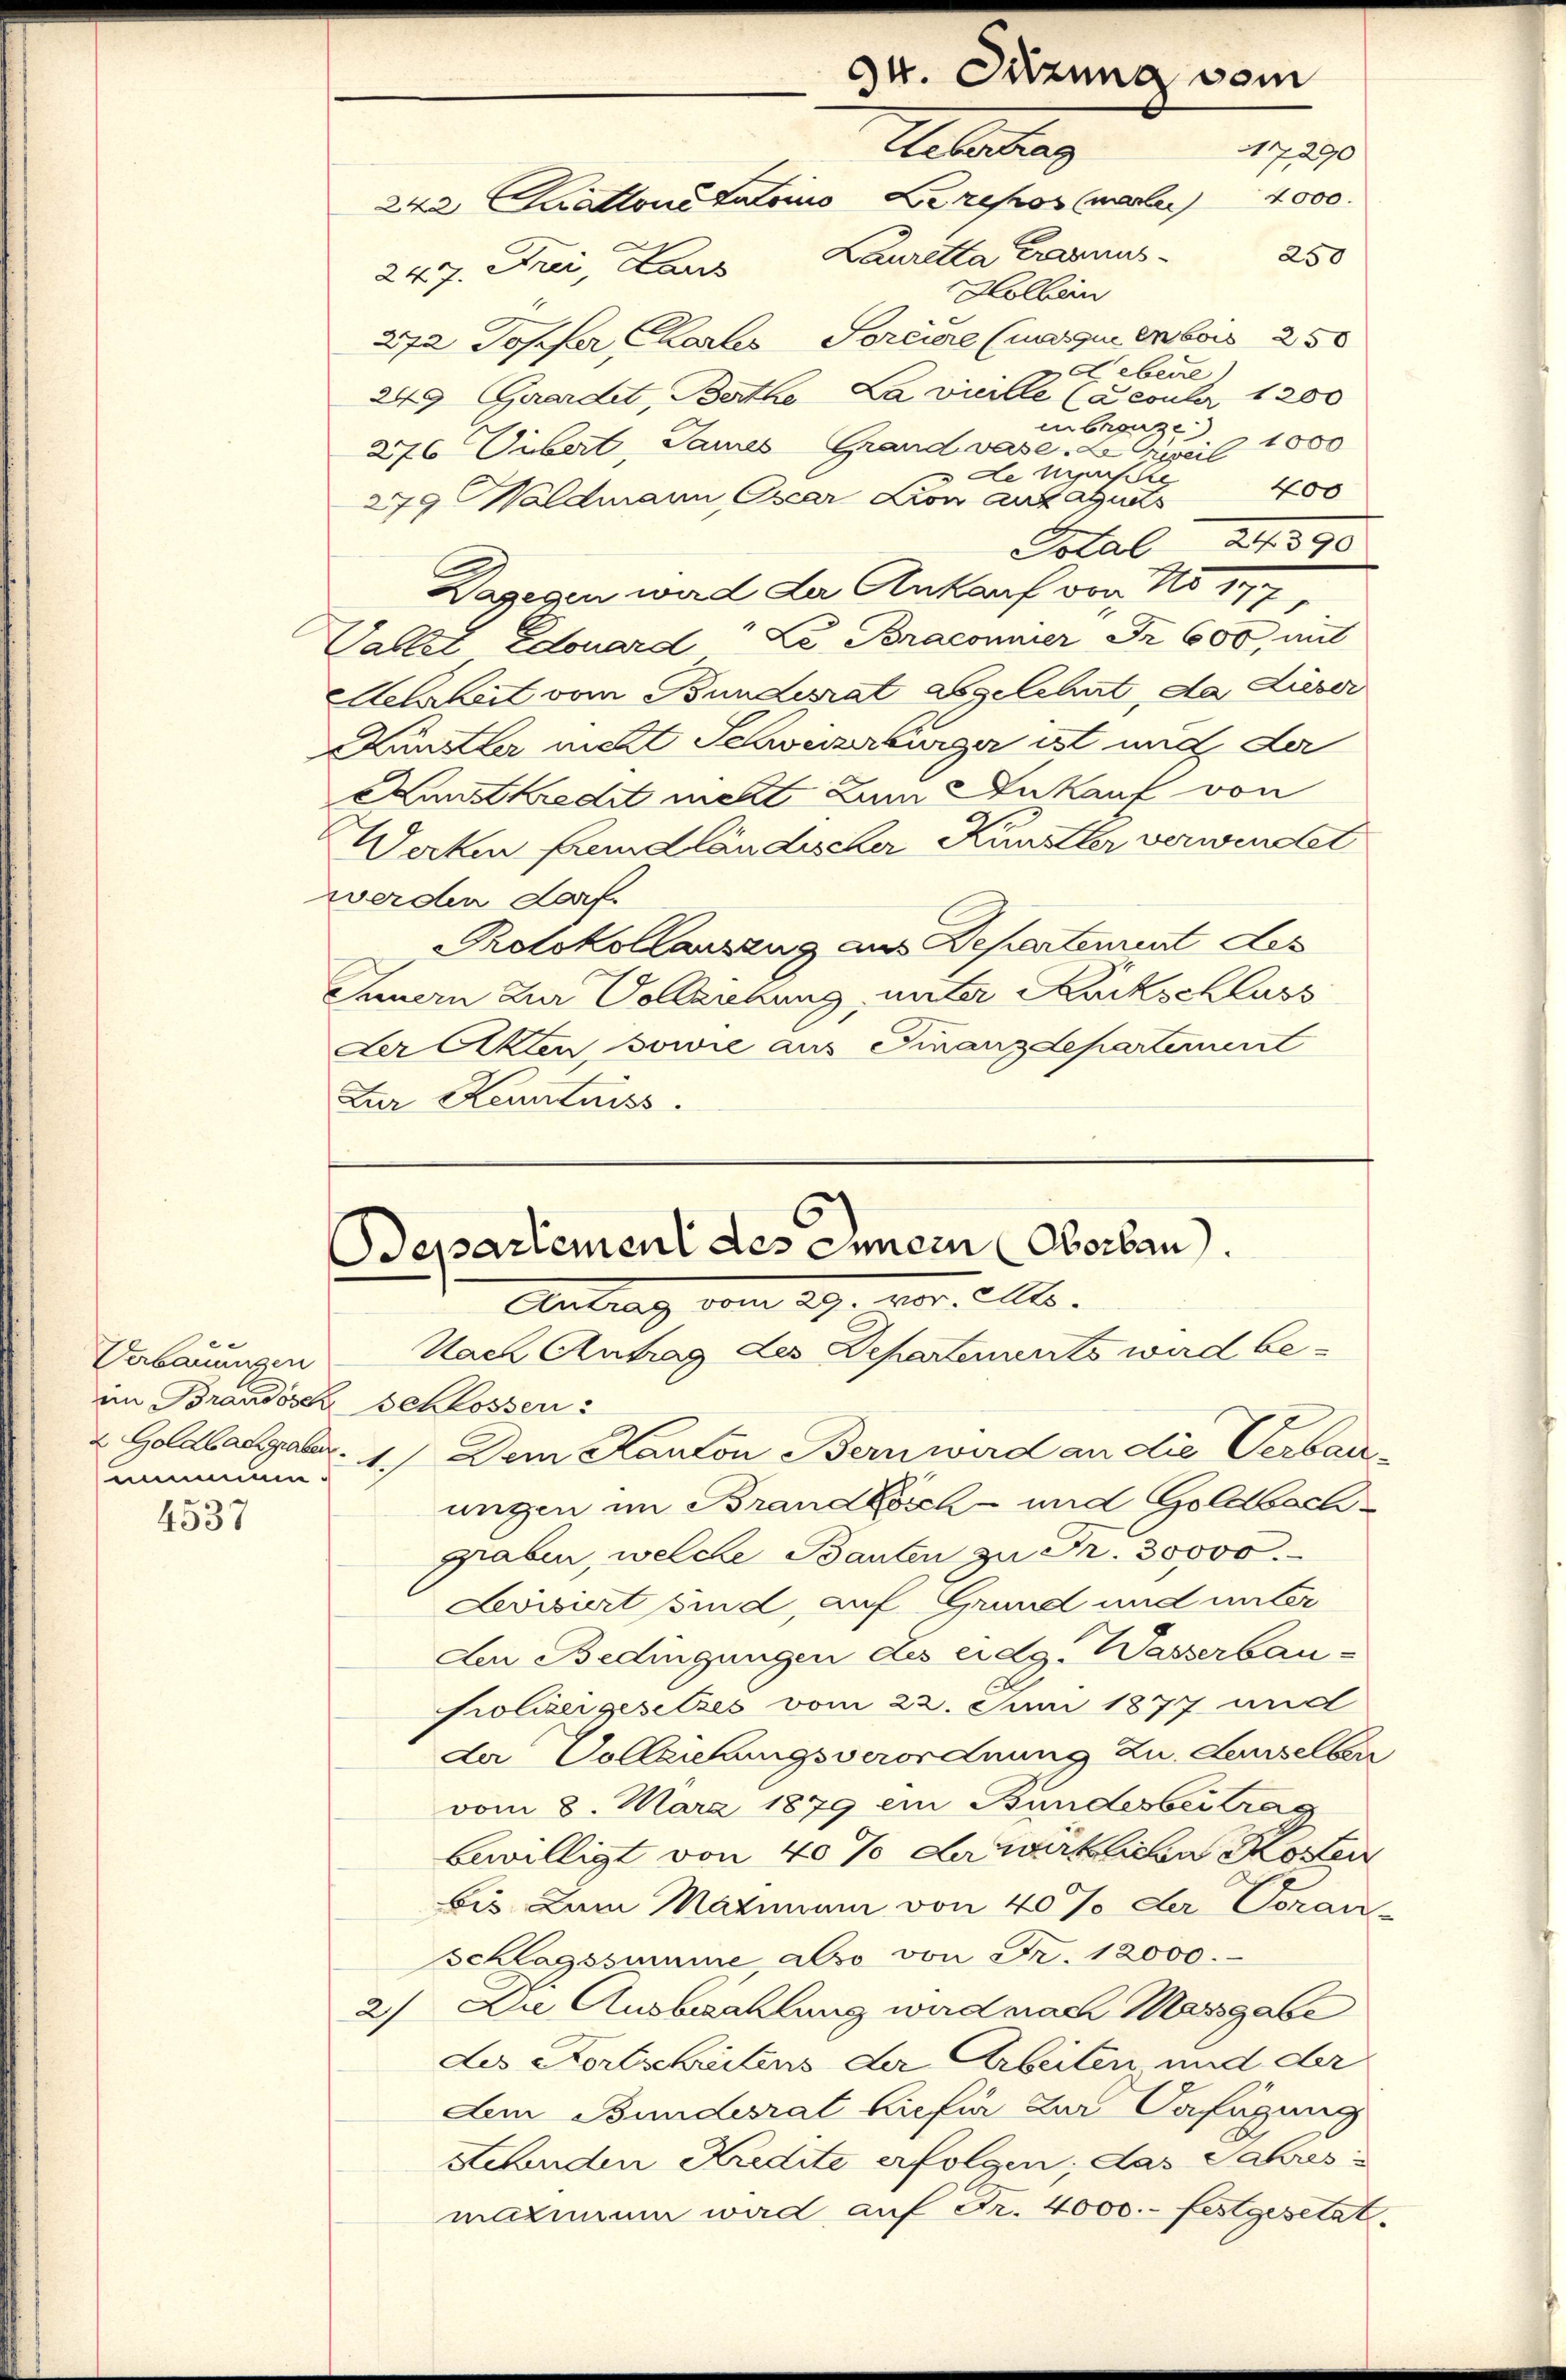
Verbauungen
im Brandosch Schlosser
2 Goldbachgraben.
nummen.

4537

247. Frei Laus
Holbein
Toreiere (nasque enbois 250
272 Topfer Charl
 Lebene
249 Guardet, Berthe La vielle (Fecuber 1200
enbrenze)
276 Uibert, Saures Grand vase 2 Puril 1800
Le urgische
400
279 Waldmann Oxcar Lion auf aus
Total 24. 390
Dagegen wird da Ankauf von No
Vallet Edouard Le. Braconner Fr. 600, mit
Aehrheit vom Bunderat abgelehrt, da Lieser
Künstler nicht Schweizerbürger ist und der
Kunstkredit nett zum Ankauf von
Werken fremdländischer Künstler verwindet
werden darf.
Protokollauszug aus Departement Los
Innern zur Vollarkung, unter Kuckschluss
Der Akten, sowie aus Finanzdepartement
Zur Kenntniss

94. Sitzung vom
Aeaters
17390
242. Cantone tatsino Lerepos (marle 2000.
Lauretta Cragnus¬
250

Departement des Innern Oberbau.
Antrag vom 29. vor. Mts.
Nach Antrag des Departenants wird be¬

Dem Kanton Bern wird an die Verbau¬
Ach
ungen im Brandbösch- und Goldbachgraben, welche Bauten zu Fr. 30000.
Lvisiert sind, auf Grund und unter
Aen Bedingungen des eidg. Wasserbau-
Polizergesetzes vom 22. Juni 1877 und
de Vollziehungsverordnung zu demselber
vom 8. März 1879 ein Bundesbeitrag
bewilligt von 40% der wirklichen Kosten
bis zum Maximum von 40% der Voran-
Schlagssumme also von Fr. 12000.
2) Die Ausbaahlung wird nach Massgabe
Les Kortschreitens der Arbeiten und der
Aem Bundesrat hiefür zur Verfügung
Stenden Kredite erfolgen; das Jahres
maximum wird auf Fr. 4000.- festgesetzt.